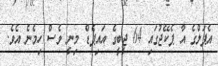
އެޕަލްގެ އާ ޕެކޭޖުގައި 64 ޖީބީގެ އައިޕެޑް މިނީ ވެސް ހިމެނެ އެވެ.